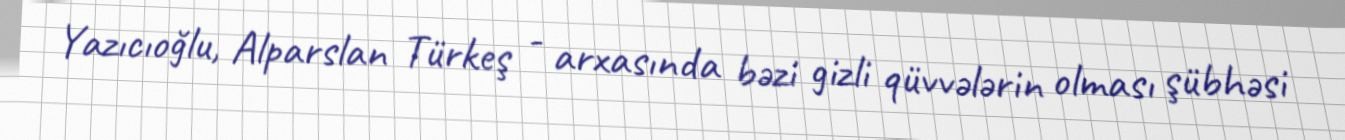
Yazıcıoğlu, Alparslan Türkeş - arxasında bəzi gizli qüvvələrin olması şübhəsi